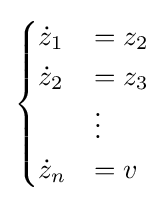
{\begin{cases}{\dot {z}}_{1}&=z_{2}\\{\dot {z}}_{2}&=z_{3}\\&\vdots \\{\dot {z}}_{n}&=v\end{cases}}